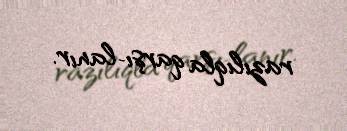
razılıqla qarşı­lanır.